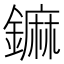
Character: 𨬈